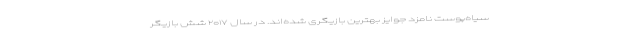
سیاه‌پوست نامزد جوایز‌ بهترین بازیگری شده‌اند. در سال ۲۰۱۷ شش بازیگر